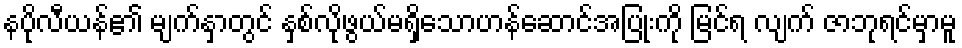
နပိုလီယန်၏ မျက်နှာတွင် နှစ်လိုဖွယ်မရှိသောဟန်ဆောင်အပြုံးကို မြင်ရ လျက် ဇာဘုရင်မှာမူ